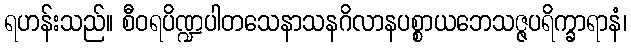
ရဟန်းသည်။ စီဝရပိဏ္ဍပါတသေနာသနဂိလာနပစ္စာယဘေသဇ္ဇပရိက္ခာရာနံ၊